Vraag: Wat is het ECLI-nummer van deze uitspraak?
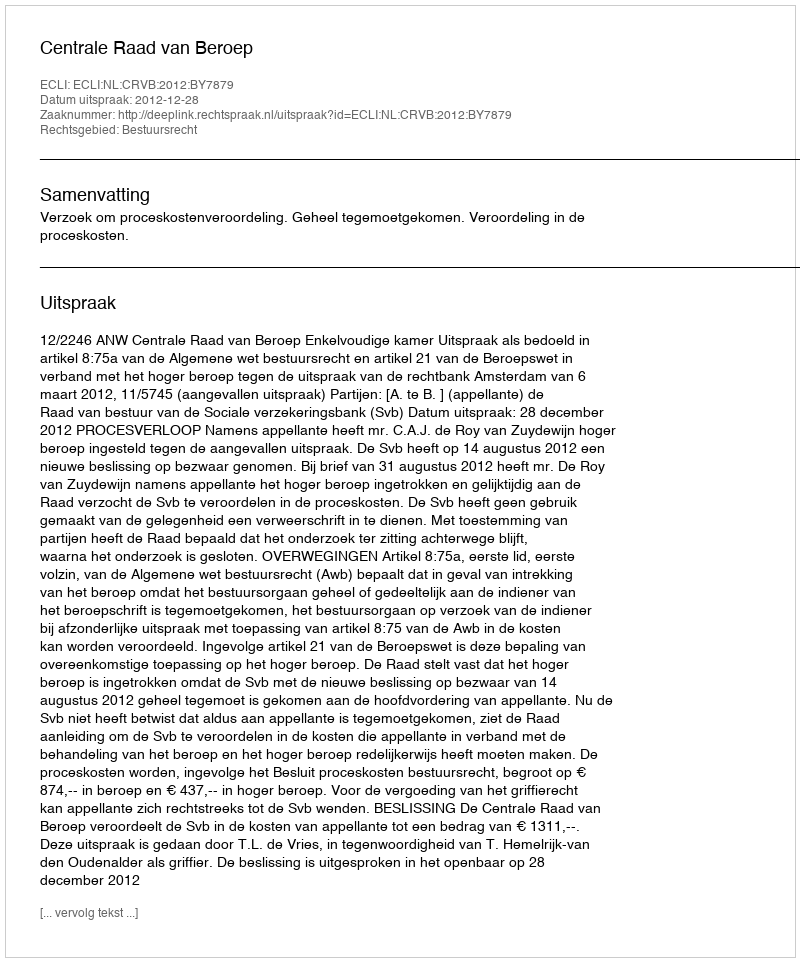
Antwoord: ECLI:NL:CRVB:2012:BY7879